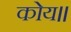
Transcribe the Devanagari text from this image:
कोय॥